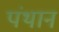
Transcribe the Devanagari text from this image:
पंथानं